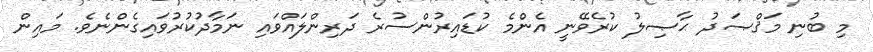
މި ބުނި މަޤްޞަދު ޙާޞިލު ކުރެވޭނީ އެންމެ ކުޑައިރުންސުރެ ދަރިންލައްވައި ނަމާދުކުރުވައިގެންނެވެ. މައިން